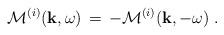
LaTeX: \begin{align*}{\cal M}^{(i)}({\bf k},\omega )\, = \,-{\cal M}^{(i)}({\bf k},-\omega )\; . \end{align*}